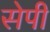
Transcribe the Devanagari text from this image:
सेपी